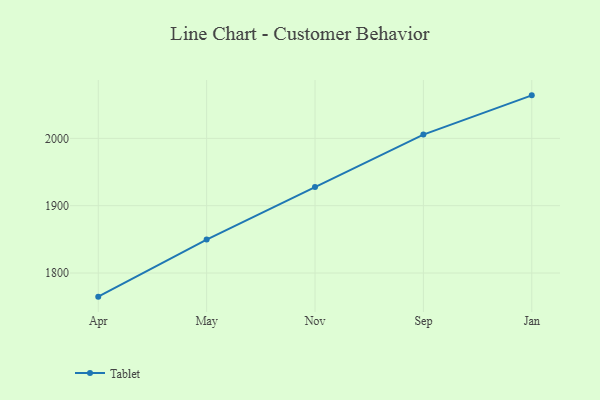
{"axis": {"x": "Month", "y": "Market Share (%)"}, "legend": ["Tablet"], "data": [{"x": "Apr", "y": 1764.9, "type": "Tablet"}, {"x": "May", "y": 1849.7, "type": "Tablet"}, {"x": "Nov", "y": 1927.6, "type": "Tablet"}, {"x": "Sep", "y": 2005.6, "type": "Tablet"}, {"x": "Jan", "y": 2063.9, "type": "Tablet"}]}